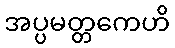
အပ္ပမတ္တကေဟိ